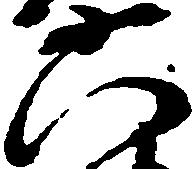
六